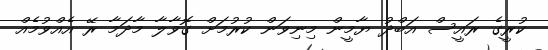
ކުރީގެ ރައީސް އަބްދު ޔާމީން މިނިވަން ކުރުމަށް ގޮވާލާ މާދަމާ ރޭ އެއްވުމެއް